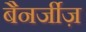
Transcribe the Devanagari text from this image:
बैनर्जीज़